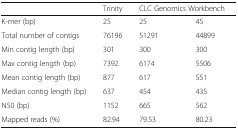
|  | Trinity | <COLSPAN=2> CLC Genomics Workbench |
 | --- | --- | --- | --- |
 | K-mer (bp) | 25 | 25 | 45 |
 | Total number of contigs | 76196 | 51291 | 44899 |
 | Min contig length (bp) | 301 | 300 | 300 |
 | Max contig length (bp) | 7392 | 6174 | 5506 |
 | Mean contig length (bp) | 877 | 617 | 551 |
 | Median contig length (bp) | 637 | 454 | 435 |
 | N50 (bp) | 1152 | 665 | 562 |
 | Mapped reads (%) | 82.94 | 79.53 | 80.23 |